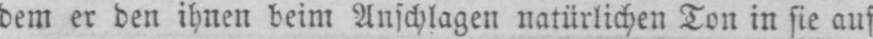
dem er den ihnen beim Anschlagen natürlichen Ton in sie auf